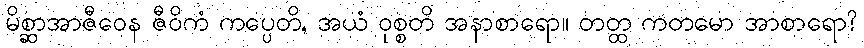
မိစ္ဆာအာဇီဝေန ဇီဝိကံ ကပ္ပေတိ, အယံ ဝုစ္စတိ အနာစာရော။ တတ္ထ ကတမော အာစာရော?